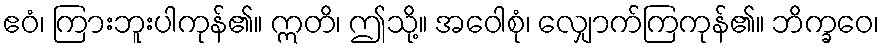
ဧဝံ၊ ကြားဘူးပါကုန်၏။ ဣတိ၊ ဤသို့။ အဝေါစုံ၊ လျှောက်ကြကုန်၏။ ဘိက္ခဝေ၊